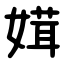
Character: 媶